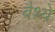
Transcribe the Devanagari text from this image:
बैश्ये